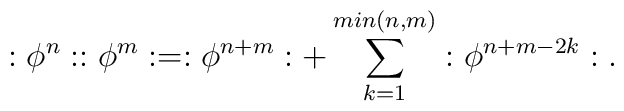
:\phi ^n : :\phi ^m :=:\phi ^{n+m} :+\sum _{k=1}^{min(n,m)} :\phi ^{n+m-2k}:.